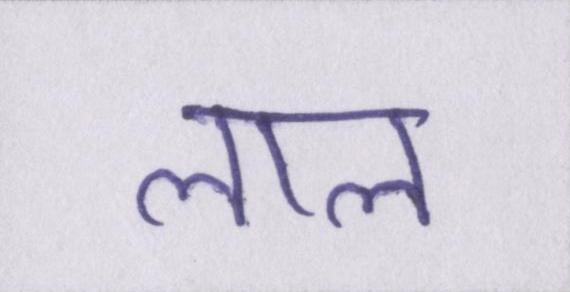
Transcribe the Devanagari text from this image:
लाल